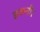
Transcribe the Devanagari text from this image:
इकनौर